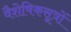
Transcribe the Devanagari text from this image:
वैशेषिकसूत्रों